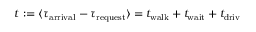
\begin{array} { r } { t : = \langle \tau _ { \mathrm { a r r i v a l } } - \tau _ { \mathrm { r e q u e s t } } \rangle = t _ { \mathrm { w a l k } } + t _ { \mathrm { w a i t } } + t _ { \mathrm { d r i v } } \, } \end{array}